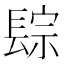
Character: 𨲇